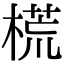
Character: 𣗄